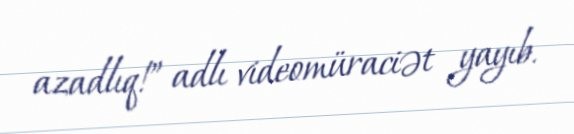
azadlıq!” adlı videomüraciət yayıb.